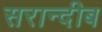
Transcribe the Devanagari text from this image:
सरान्दीब